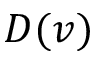
D ( v )